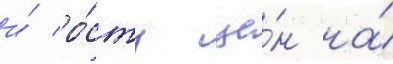
и́ ро́сту це́н на́